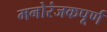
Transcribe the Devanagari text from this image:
मनोरंजकपूर्ण